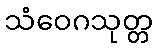
သံဝေဂသုတ္တ